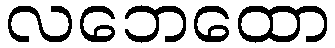
လဘေထော